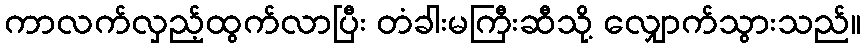
ကာလက်လှည့်ထွက်လာပြီး တံခါးမကြီးဆီသို့ လျှောက်သွားသည်။